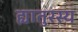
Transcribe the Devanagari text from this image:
ह्यातुरस्य